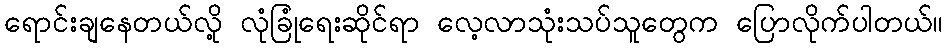
ရောင်းချနေတယ်လို့ လုံခြုံရေးဆိုင်ရာ လေ့လာသုံးသပ်သူတွေက ပြောလိုက်ပါတယ်။